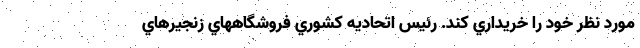
مورد نظر خود را خريداري كند. رئيس اتحاديه كشوري فروشگاههاي زنجيرهاي